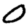
Digit: 0